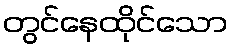
တွင်နေထိုင်သော